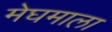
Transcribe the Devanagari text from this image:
मेघमाला